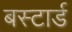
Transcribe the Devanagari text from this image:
बस्टार्ड